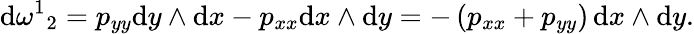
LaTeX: \mathrm{d}{\omega^{1}}_{2}=p_{yy}\mathrm{d}y\wedge\mathrm{d}x-p_{xx}\mathrm{d}x\wedge\mathrm{d}y=-\left(p_{xx}+p_{yy}\right)\, \mathrm{d}x\wedge\mathrm{d}y.